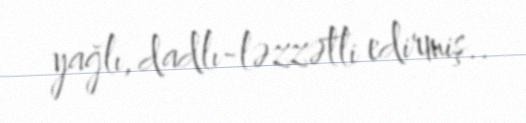
yağlı, dadlı-ləzzətli edirmiş..